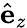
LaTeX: \hat{\mathbf{e}}_{z}